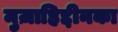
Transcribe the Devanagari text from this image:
मुज़ाहिद्दीनका